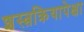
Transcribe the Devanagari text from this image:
शस्त्रक्रियापेक्षा